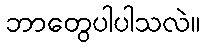
ဘာတွေပါပါသလဲ။